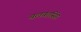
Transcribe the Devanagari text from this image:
बलबंतसिंह